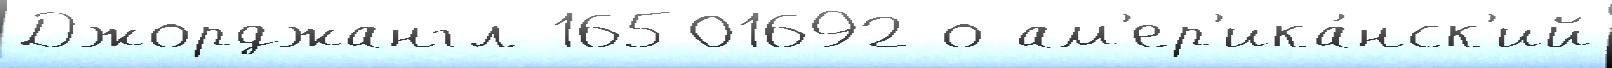
Джорджангл 16501692 о ам'ер'ика́нск'ий